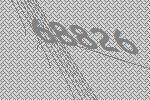
68826